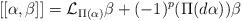
LaTeX: \begin{align*} [[\alpha,\beta]] = \mathcal{L}_{\Pi(\alpha)} \beta + (-1)^p (\Pi(d\alpha))\beta\end{align*}